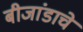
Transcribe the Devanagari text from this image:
बीजांडाचे